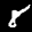
Label: 8